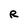
Character: R